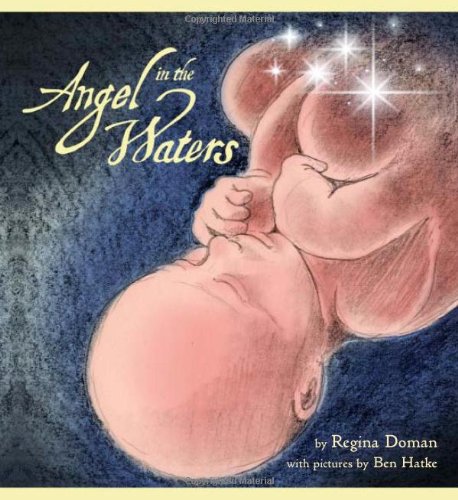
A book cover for Angel in the Waters; Regina Doman; Christian Books & Bibles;